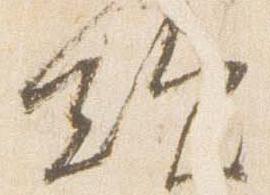
歎